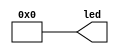
/*******************************************************************
**FPGA
**www.OurFPGA.com
**OurFPGA.taobao.com
**: OurFPGA@gmail.com
**FPGA
**************************************************************
**   2011.06.07
**     version 1.0
**   led  4led
**********************************************************************/

module led1(led);
	output[3:0] led;
	  assign led=8'b0000; //4led
	
                          //assign
endmodule